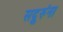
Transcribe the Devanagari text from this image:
सद्गुरुंना